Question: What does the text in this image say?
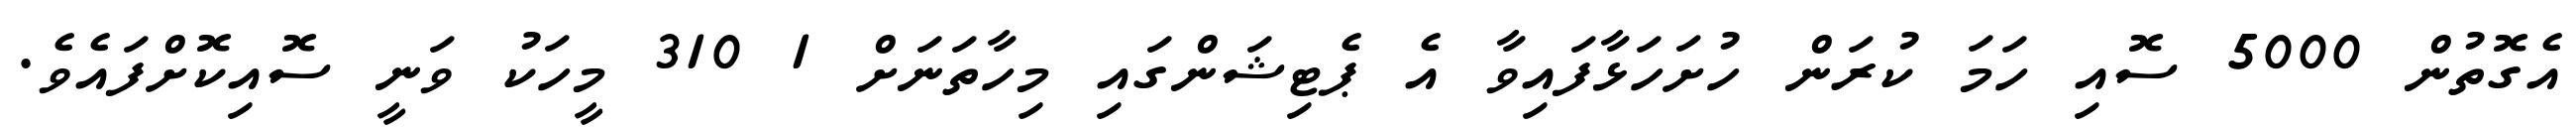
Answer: އެގޮތުން 5000 ސޮއި ހަމަ ކުރަން ހުށަހަޅާފައިވާ އެ ޕެޓިޝަންގައި މިހާތަނަށް 1 310 މީހަކު ވަނީ ސޮއިކޮށްފައެވެ.